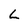
Character: L